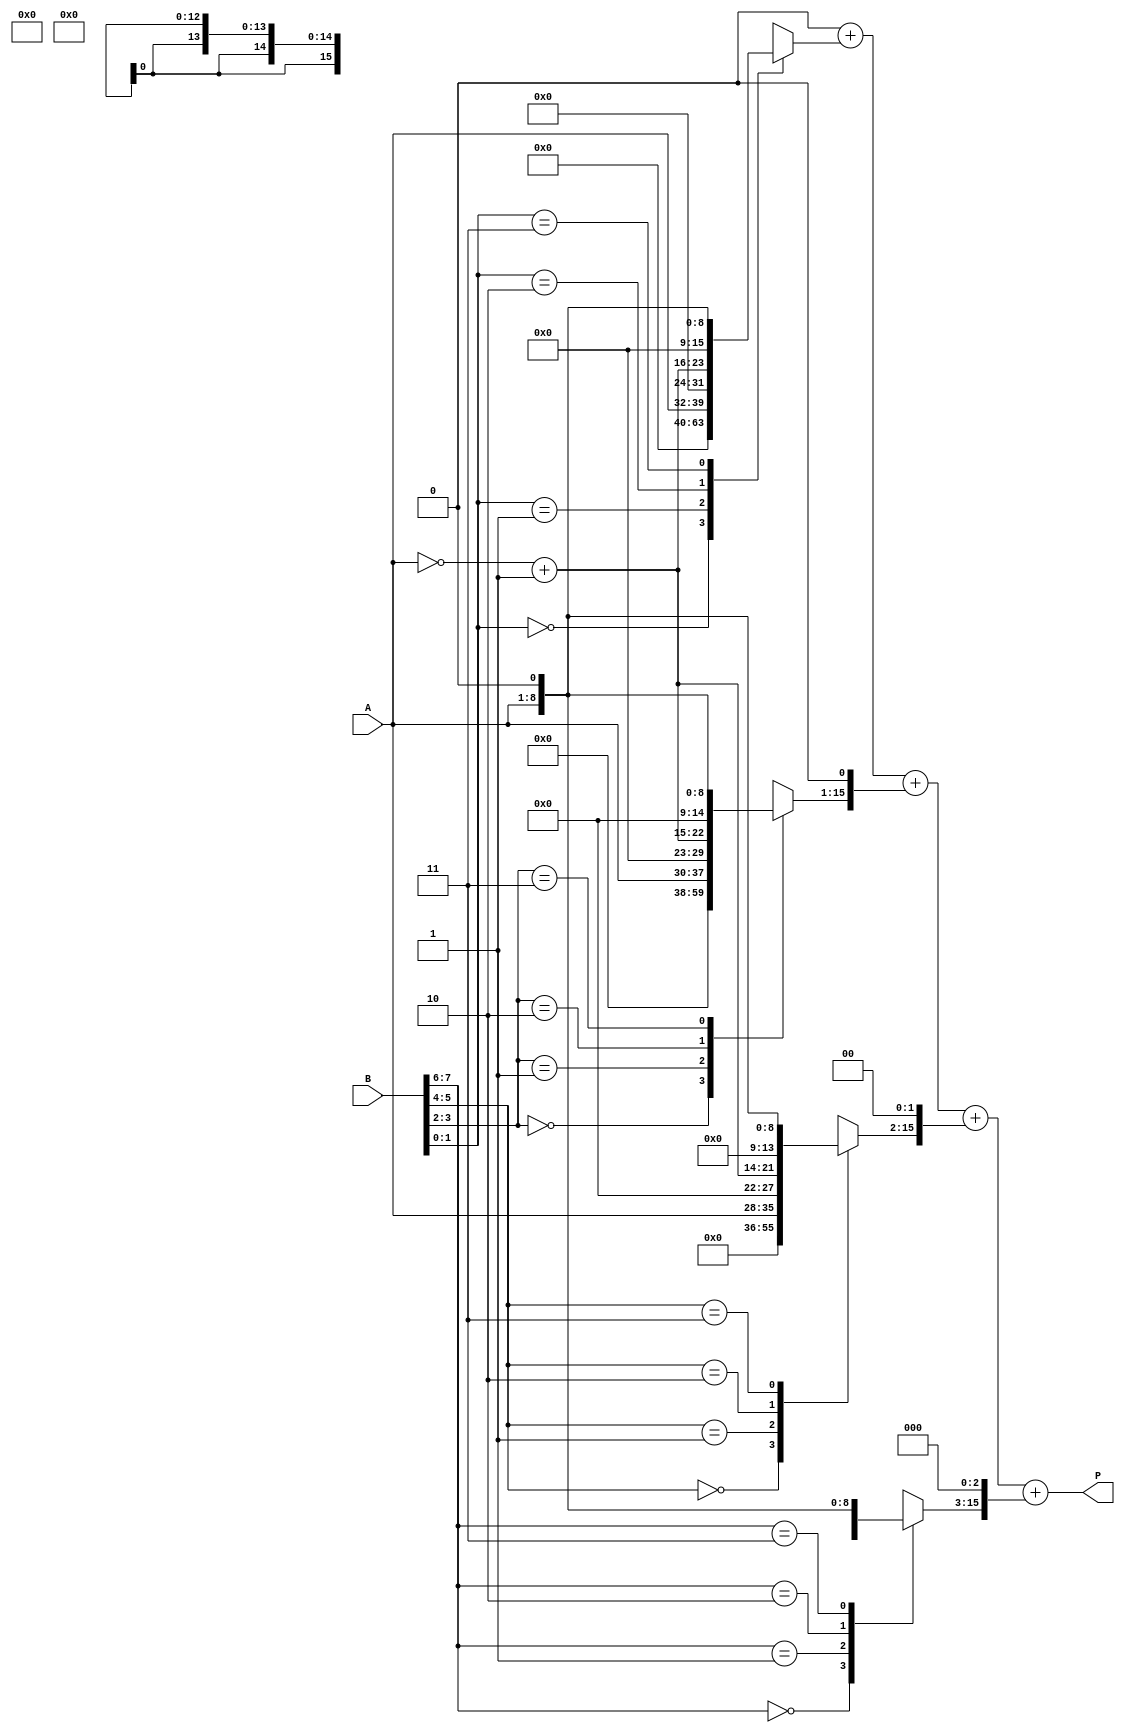
module radix4_multiplier #(parameter N = 8) (
    input  wire [N-1:0] A,      // Multiplicand
    input  wire [N-1:0] B,      // Multiplier
    output reg [2*N-1:0] P      // Product
);
    reg [N-1:0] A_neg;           // 2's complement of A
    reg [N:0] B_ext;             // Extended B with extra bit for encoding
    reg [2*N-1:0] partial_products [0:N-1]; // Array to hold partial products
    integer i;

    // Generate 2's complement of A
    always @(*) begin
        A_neg = ~A + 1;
    end

    // Extend B for Booth's encoding
    always @(*) begin
        B_ext = {1'b0, B}; // Extend B with an extra bit
    end

    // Generate partial products based on Booth's encoding
    always @(*) begin
        // Initialize partial products to zero
        for (i = 0; i < N; i = i + 1) begin
            partial_products[i] = 0;
        end
        
        for (i = 0; i < N; i = i + 2) begin
            case (B_ext[i+1:i])
                2'b00: partial_products[i/2] = 0;            // 00 -> 0
                2'b01: partial_products[i/2] = A;            // 01 -> A
                2'b10: partial_products[i/2] = A_neg;        // 10 -> -A
                2'b11: partial_products[i/2] = A << 1;       // 11 -> 2A
                default: partial_products[i/2] = 0;
            endcase
        end
    end

    // Accumulate partial products
    always @(*) begin
        P = 0; // Initialize product to zero
        for (i = 0; i < (N+1)/2; i = i + 1) begin
            P = P + (partial_products[i] << (i * 1)); // Shift partial products according to their position
        end
    end
endmodule